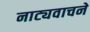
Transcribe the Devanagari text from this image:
नाट्यवाचने